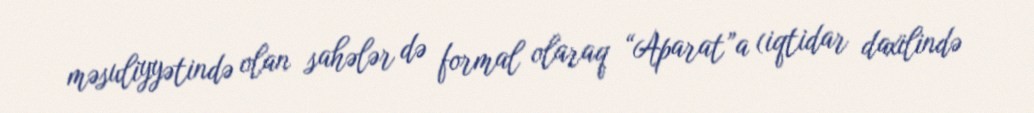
məsuliyyətində olan sahələr də formal olaraq “Aparat”a (iqtidar daxilində